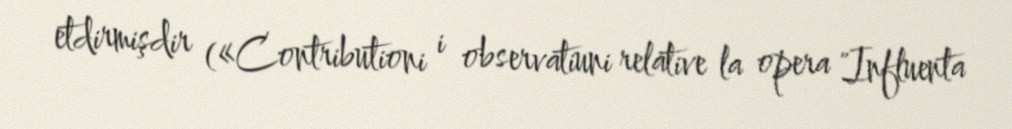
etdirmişdir («Contributioni i observatiuni relative la opera "Influenta